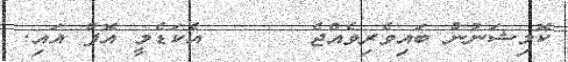
ކޮމިޝަނުން ބައިވެރިވެއްޖެ      އެކަޑެމީ އޮފް އައި.